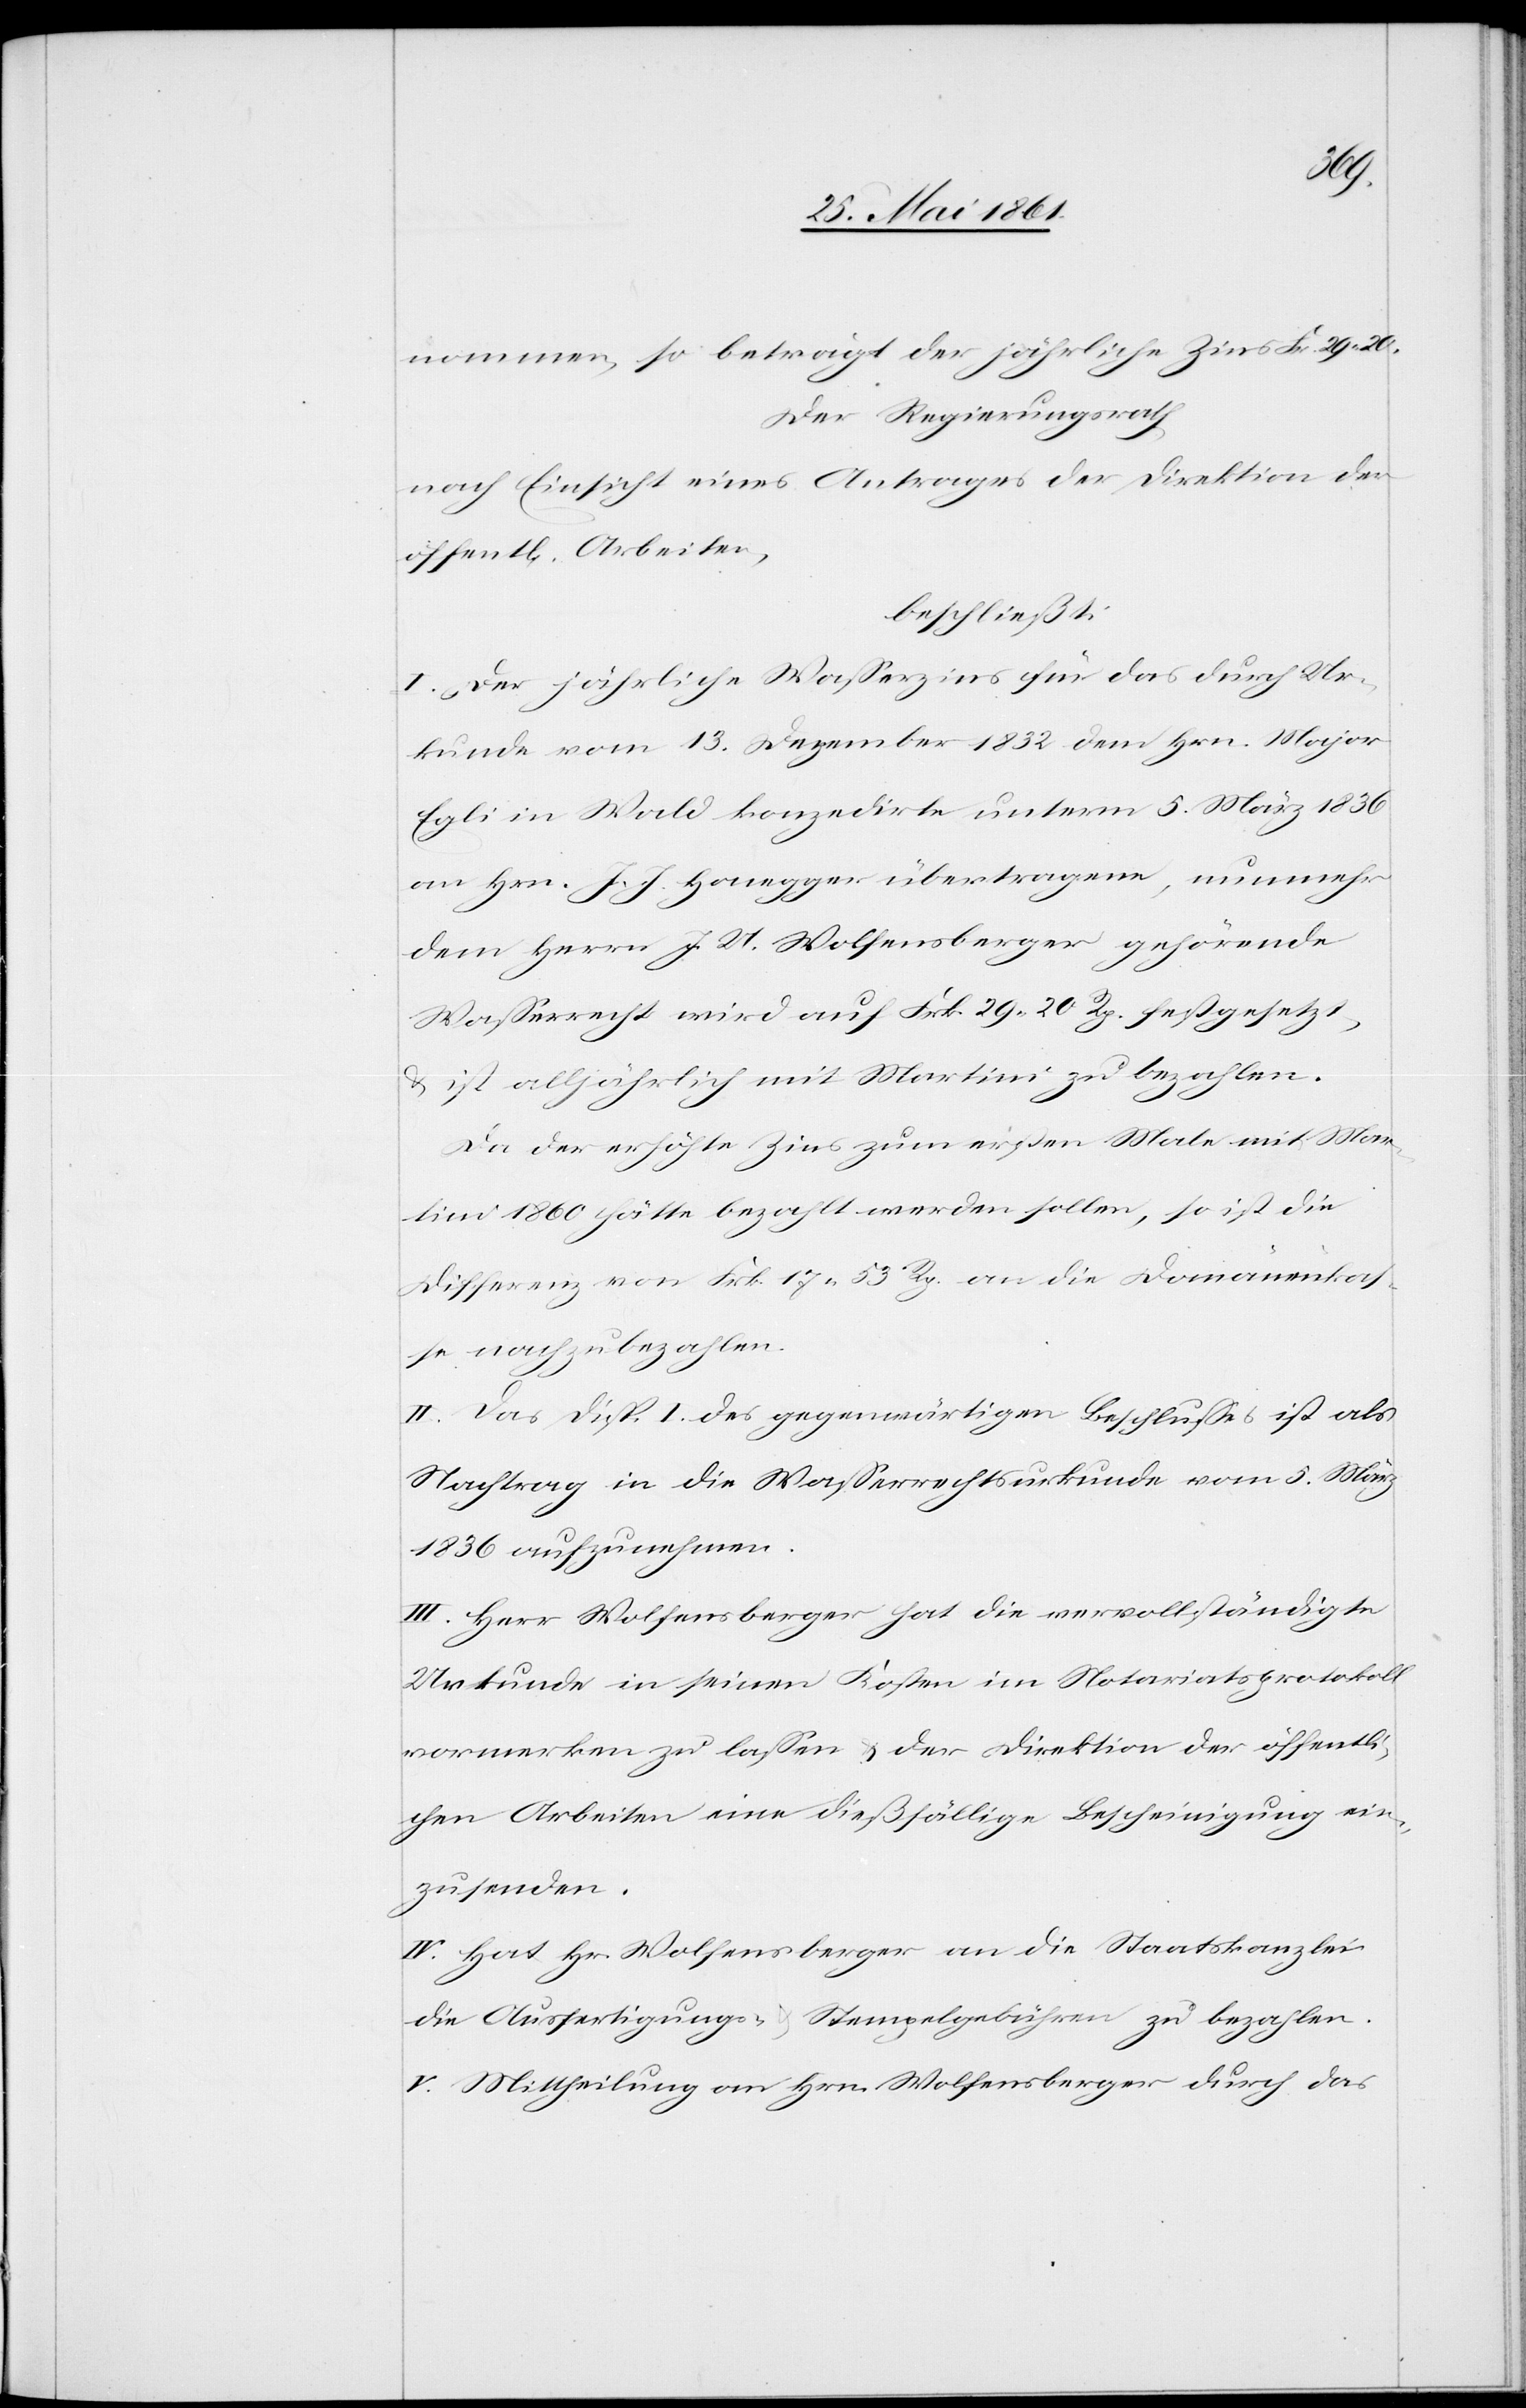
nommen, so beträgt der jährliche Zins Fr. 29. 20.
Der Regierungsrath
nach Einsicht eines Antrages der Direktion der
öffent[lichen] Arbeiten,
beschließt:
I. Der örtliche Wasserzins für das durch Ur¬
kunde vom 13. Dezember 1832 dem Hrn. Major
Egli in Wald konzedirte unterm 5. März 1836
an Hrn. J. J. Honegger übertragene, nunmehr
dem Herrn J. U. Wolfensberger gehörende
Wasserrecht wird auf Frk. 29 20 Rp. festgesetzt,
u. ist alljährlich mit Martini zu bezahlen.
Da der erhöhte Zins zum ersten Male mit Mar¬
tini 1860 hätte bezahlt werden sollen, so ist die
Differenz von Frk. 17 53 Rp. an die Domänenkas¬
se nachzubezahlen.
II. Das Disp. I. des gegenwärtigen Beschlusses ist als
Nachtrag in die Wasserrechtsurkunde vom 5. März
1836 aufzunehmen.
III. Herr Wolfensberger hat die vervollständigte
Urkunde in seinen Kosten im Notariatsprotokoll
vormerken zu lassen u. der Direktion der öffentli¬
chen Arbeiten eine dießfällige Bescheinigung ein¬
zusenden.
IV. Hat Hr. Wolfensberger an die Staatskanzlei
die Ausfertigungs- u. Stempelgebühren zu bezahlen.
V. Mittheilung an Hrn. Wolfensberger durch das